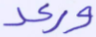
ورعد